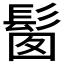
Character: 𩬼